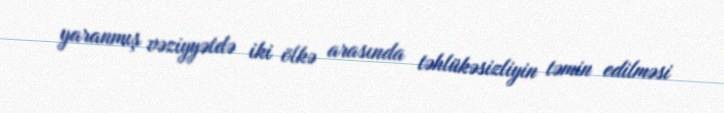
yaranmış vəziyyətdə iki ölkə arasında təhlükəsizliyin təmin edilməsi